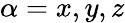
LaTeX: \alpha=x,y,z